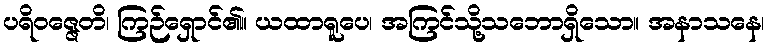
ပရိဝဇ္ဇေတိ၊ ကြဉ်ရှောင်၏။ ယထာရူပေ၊ အကြင်သို့သဘောရှိသော။ အနာသနေ၊